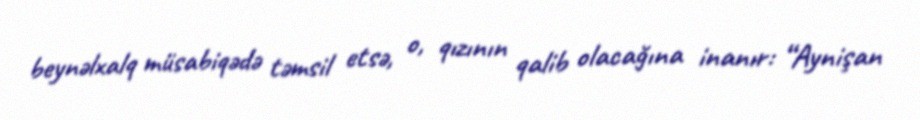
beynəlxalq müsabiqədə təmsil etsə, o, qızının qalib olacağına inanır: “Aynişan